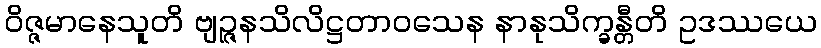
ဝိဇ္ဇမာနေသူတိ ဗျဉ္ဇနသိလိဋ္ဌတာဝသေန နာနုသိက္ခန္တီတိ ဥဒဿယေ